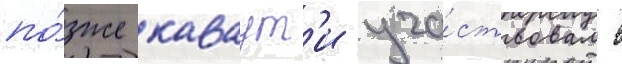
по́зже каваут'и уча́ствовал в